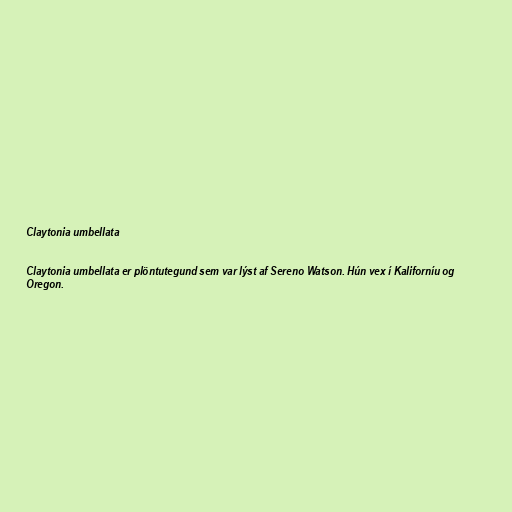
Claytonia umbellata

Claytonia umbellata er plöntutegund sem var lýst af Sereno Watson. Hún vex í Kaliforníu og
Oregon.